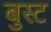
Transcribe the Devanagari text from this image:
बुस्ट